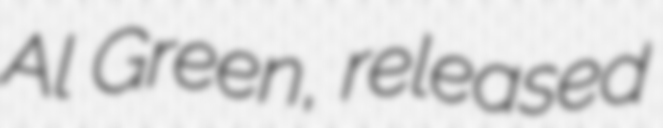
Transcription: Al Green, released